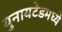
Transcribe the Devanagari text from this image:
युनायटेडमध्ये